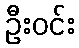
ဦးဝင်း